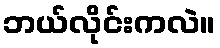
ဘယ်လိုင်းကလဲ။